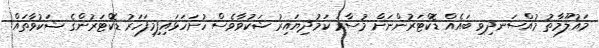
މައުލޫމާތު މުއްސަނދިވި ބައެއް ޑޮކްޓަރުންނަށް މުސާރަ ކަމުދިޔައިރު ޝަކުވާވެސް ހުށަހަޅައިފިމިފަހަރު ޑޮކްޓަރުންގެ ޝަކުވާތައް!